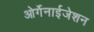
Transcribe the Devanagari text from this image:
ओर्गेनाईजेशन